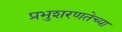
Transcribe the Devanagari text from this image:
प्रभुशरणतेच्या